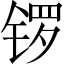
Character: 锣